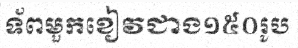
ទ័ពមួកខៀវជាង១៥០រូប